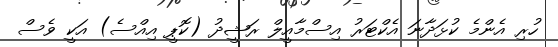
ހުރި އެންމެ ކުޅަދާނަ އެކްޓަރު އިސްމާއީލް ރަޝީދު (ކޮޕީ އިއްސެ) އަކީ ވެސް